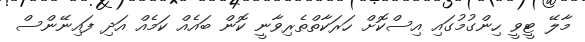
މާލޭ ޓީވީ ހިންގުމުގައި އިސްކޮށް ހަރަކާތްތެރިވާނީ ކޮން ބައެއް ކަމެއް އަދި ފައިނޭންސް